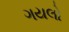
ગયલો